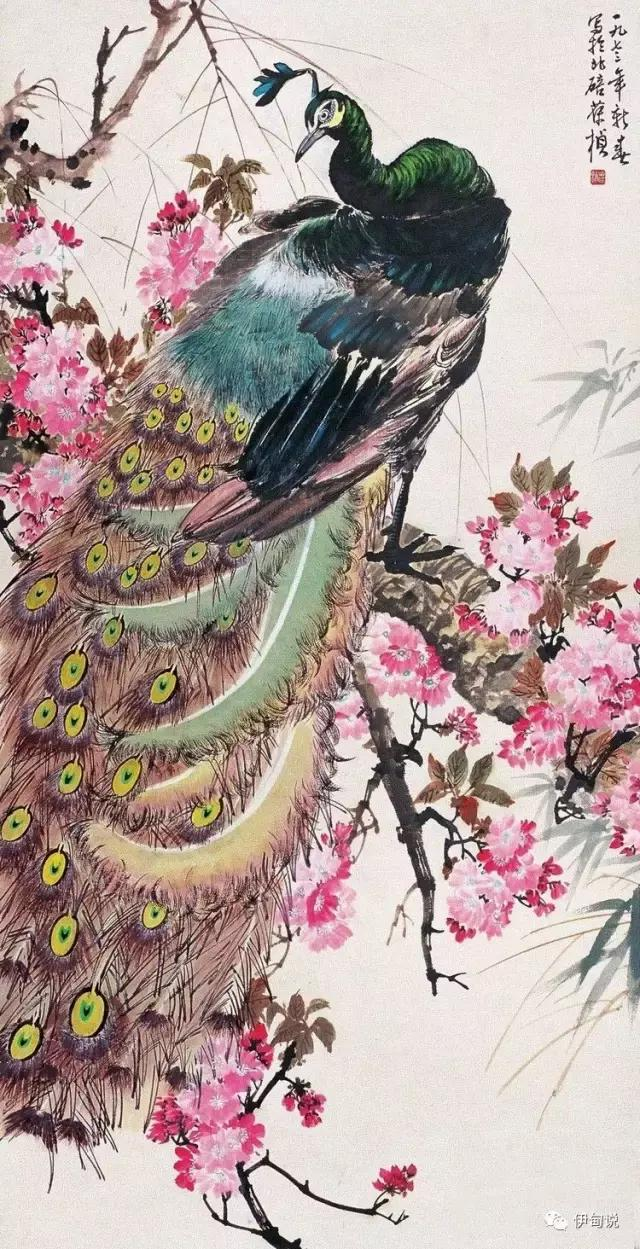
天涯海角悲凉地，记得当年全盛时。